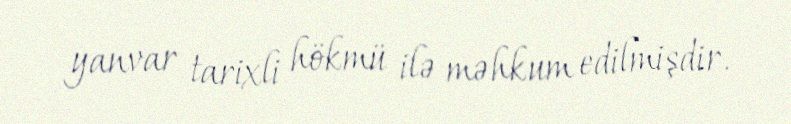
yanvar tarixli hökmü ilə məhkum edilmişdir.